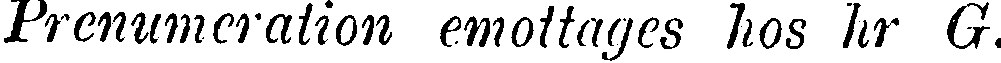
Prenumeration emottages hos hr G.